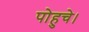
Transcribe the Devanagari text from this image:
पोहुचे।